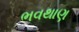
ભવથાણ